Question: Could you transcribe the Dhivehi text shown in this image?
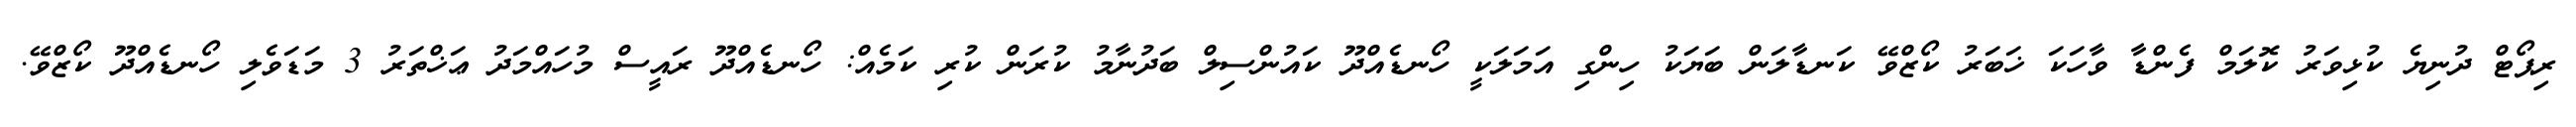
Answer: ރިޕޯޓް ދުނިޔެ ކުޅިވަރު ކޮލަމް ފެންޑާ ވާހަކަ ޚަބަރު ކޯޒްވޭ ކަނޑާލަން ބަޔަކު ހިންގި އަމަލަކީ ހޯނޑެއްދޫ ކައުންސިލް ބަދުނާމު ކުރަން ކުރި ކަމެއް: ހޯނޑެއްދޫ ރައީސް މުހައްމަދު ޢަޚްތަރު 3 މަޑަވެލި ހޯނޑެއްދޫ ކޯޒްވޭ.